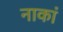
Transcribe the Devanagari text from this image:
नाकां